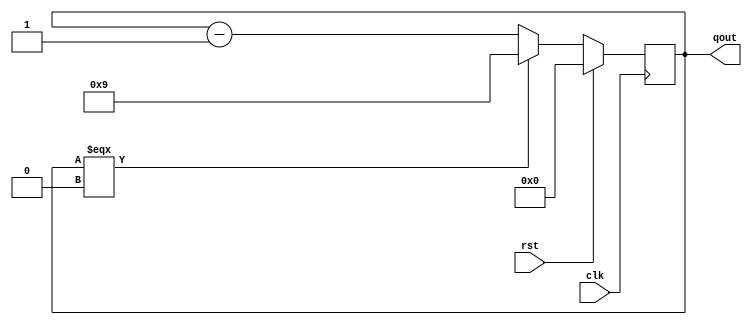
// 9~0
module sub_cnt10(qout,clk,rst);
output [3:0] qout;      // 
input rst,clk;          // 
reg [3:0] qout;

always @(posedge clk) begin
    if (rst)
        qout <= 0;      // 
    else if (qout === 4'b0000)
        qout <= 4'b1001;
    else
        qout <= qout - 1;
end

endmodule